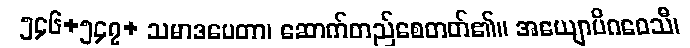
၅၄၆+၅၄၇+ သမာဒပေတာ၊ ဆောက်တည်စေတတ်၏။ အယျောပိဂဝေသီ၊